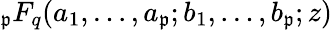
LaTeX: _\mathfrak{p}F_{q}(a_{1},\dots,a_{\mathfrak{p}};b_{1},\dots,b_{\mathfrak{p}};z)